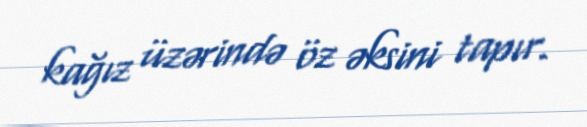
kağız üzərində öz əksini tapır.